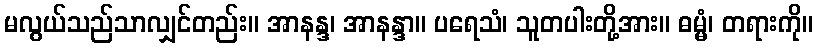
မလွယ်သည်သာလျှင်တည်း။ အာနန္ဒ၊ အာနန္ဒာ။ ပရေသံ၊ သူတပါးတို့အား။ ဓမ္မံ၊ တရားကို။